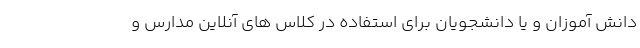
دانش آموزان و یا دانشجویان برای استفاده در کلاس های آنلاین مدارس و